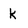
Character: k